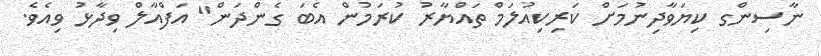
ނާސިންގ ކިޔަވާދިނުމަށް ކަރިކިއުލަމް ތައްޔާރު ކުރަމުން އެބަ ގެންދަން" އަފްއާލް ވިދާޅު ވިއެވެ.